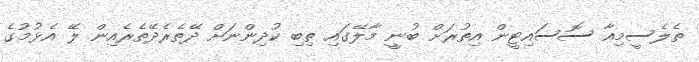
ތެލެސީމިއާ ސޮސައިޓީން އިތުރަށް ބުނީ މާލޭގައި ތިބި ކުދިންނަށް ދޭތެރެދޭތެރެއިން ލޭ އެޅުމުގެ